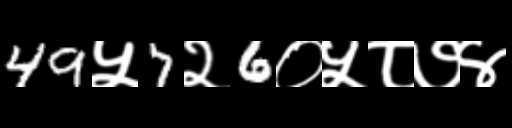
Text: 49५7२6०५८७४